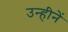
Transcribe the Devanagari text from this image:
उन्हीनें